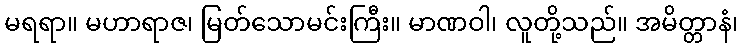
မရရာ။ မဟာရာဇ၊ မြတ်သောမင်းကြီး။ မာဏဝါ၊ လူတို့သည်။ အမိတ္တာနံ၊